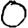
Digit: 0